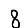
Digit: 8